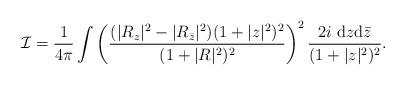
LaTeX: \begin{align*}{\cal I} = \frac{1}{4 \pi} \int \left( \frac{(|R_z|^2 - |R_{{\bar z}}|^2)(1+ |z|^2)^2}{(1+|R|^2)^2} \right)^2 \frac{2i~{\rm d}z {\rm d}{\bar z}}{(1+ |z|^2)^2}.\end{align*}